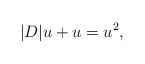
\begin{align*} |D|u+u =u^2,\end{align*}